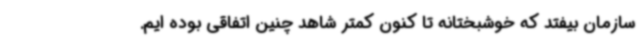
سازمان بیفتد که خوشبختانه تا کنون کمتر شاهد چنین اتفاقی بوده ایم.